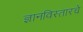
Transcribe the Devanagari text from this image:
ज्ञानविस्तारचे